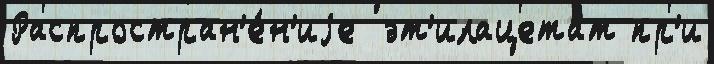
Распростран'е́н'иjе  эт'илацетат пр'и